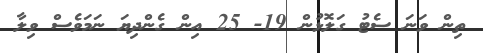
ތިން ވަނަ ސެޓު ގަލޮޅުން 19- 25 އިން ގެންދިޔަ ނަމަވެސް ވިލާ